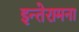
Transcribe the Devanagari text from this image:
इन्तेरामना